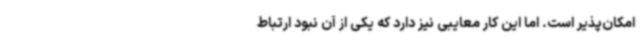
امکان‌پذیر است. اما این کار معایبی نیز دارد که یکی از آن نبود ارتباط